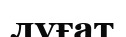
лүғат